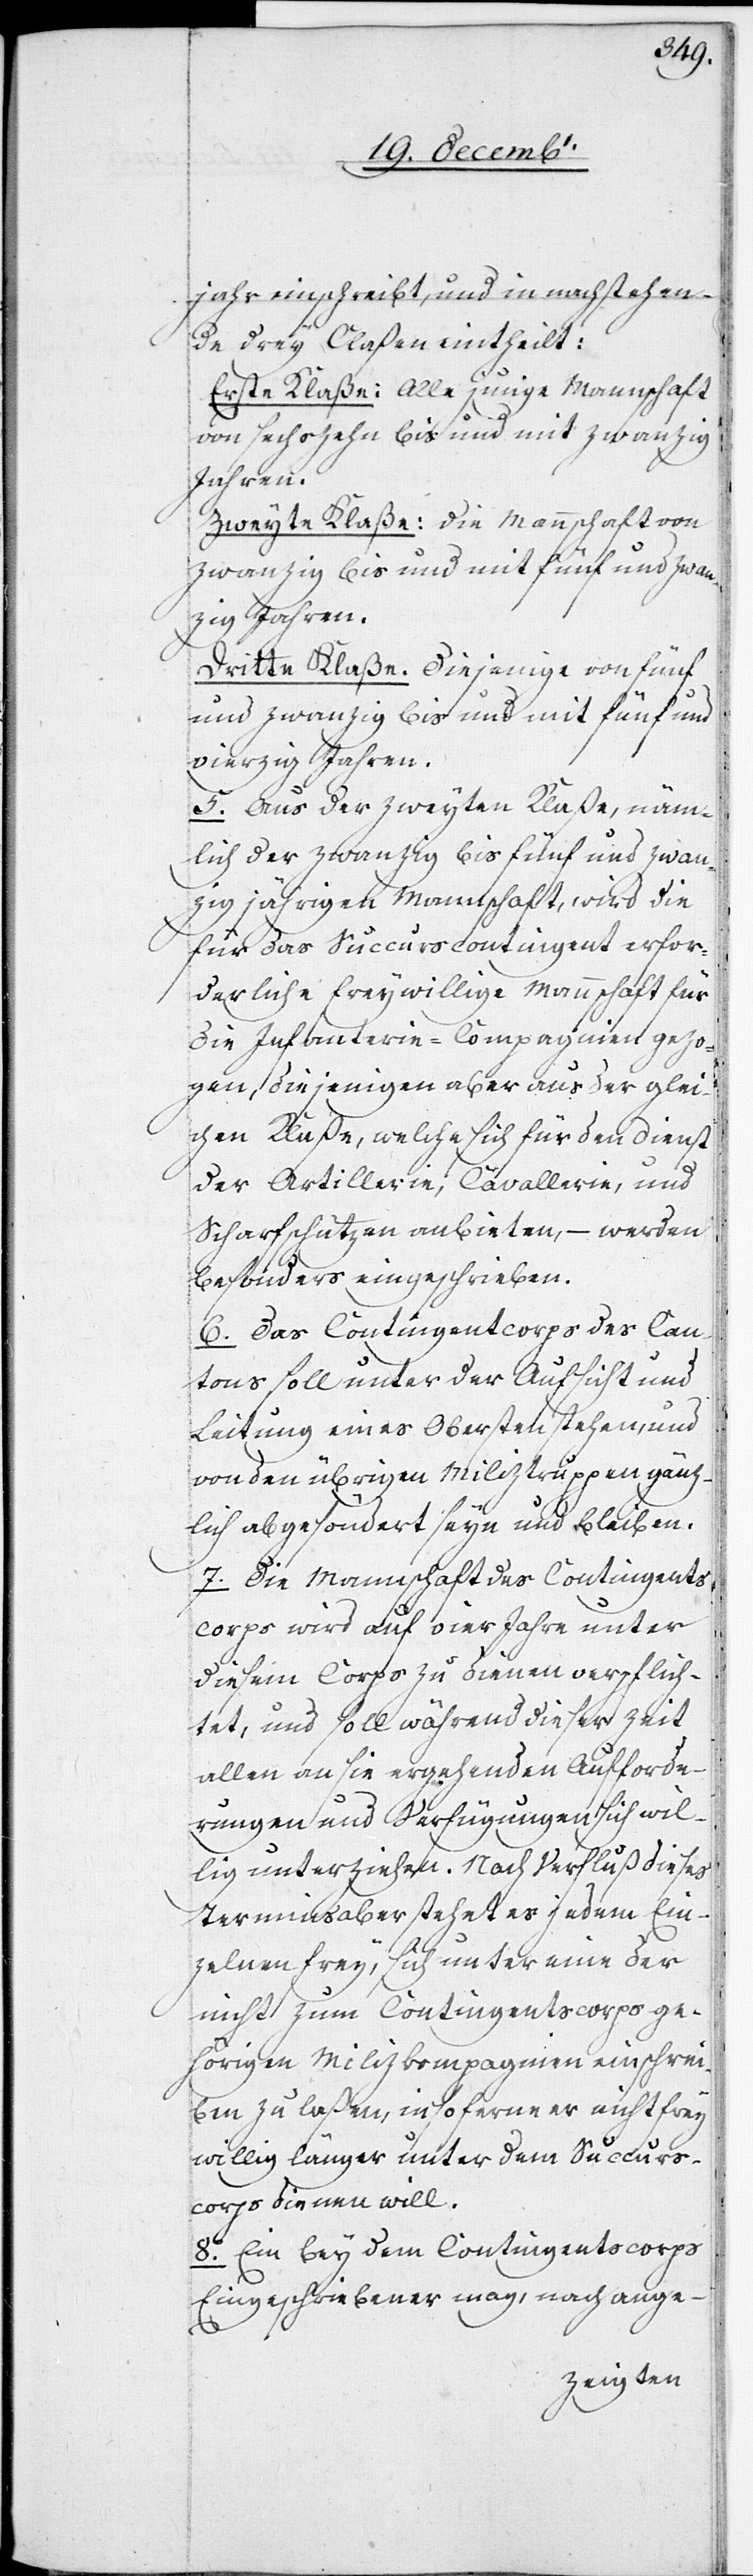
jahr einschreibt, und in nachstehen¬
de drey Claßen eintheilt:
Erste Klaße: Alle junge Mannschaft
von sechszehn bis und mit zwanzig
Jahren.
Zweyte Klaße: Die Mannschaft von
zwanzig bis und mit fünf und zwan¬
zig Jahren.
Dritte Klaße: Diejenige von fünf
und zwanzig bis und mit fünf und
vierzig Jahren.
5. Aus der zweyten Klaße, näm¬
lich der zwanzig bis fünf und zwan¬
zig jährigen Mannschaft, wird die
für das Succurscontingent erfor¬
derliche freywillige Mannschaft für
die Infanterie-Compagnien gezo¬
gen, diejenigen aber aus der glei¬
chen Klaße, welche sich für den Dienst
der Artillerie, Cavallerie, und
Scharfschützen anbieten, – werden
besonders eingeschrieben.
6. Das Contingentscorps des Can¬
tons soll unter der Aufsicht und
Leitung eines Obersten stehen, und
von den übrigen Miliztruppen gänz¬
lich abgesondert seyn und bleiben.
7. Die Mannschaft des Contingents¬
corps wird auf vier Jahre unter
diesem Corps zu dienen verpflich¬
tet, und soll während dieser Zeit
allen an sie ergehenden Aufforde¬
rungen und Verfügungen sich wil¬
lig unterziehen. Nach Verfluß dieses
Termins aber stehet es jedem Ein¬
zelnen frey, sich unter eine der
nicht zum Contingentscorps ge¬
hörigen Milizkompagnien einschrei¬
ben zu laßen, insoferne er nicht frey¬
willig länger unter dem Succurs¬
corps dienen will.
8. Ein bey dem Contingentscorps
Eingeschriebener mag, nach ange-